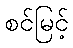
စင်မြင့်